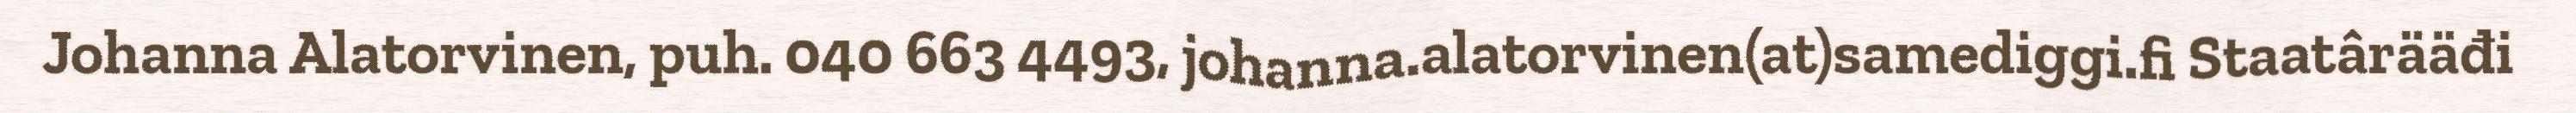
Johanna Alatorvinen, puh. 040 663 4493, johanna.alatorvinen(at)samediggi.fi Staatârääđi